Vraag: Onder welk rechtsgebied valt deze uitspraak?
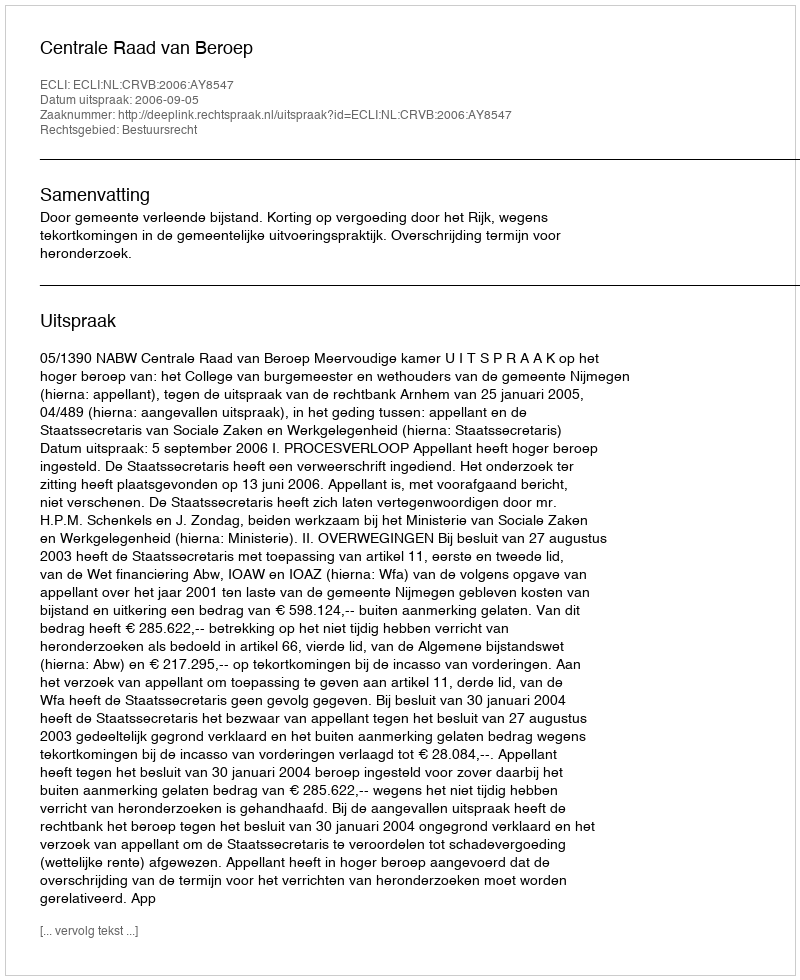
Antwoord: Bestuursrecht